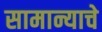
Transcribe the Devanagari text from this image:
सामान्याचे